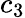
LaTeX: c_{3}